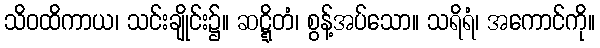
သိဝထိကာယ၊ သင်းချိုင်း၌။ ဆဋ္ဋိတံ၊ စွန့်အပ်သော။ သရိရံ၊ အကောင်ကို။